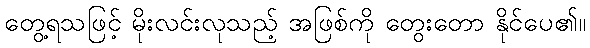
တွေ့ရသဖြင့် မိုးလင်းလုသည့် အဖြစ်ကို တွေးတော နိုင်ပေ၏။